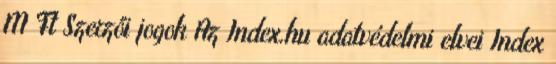
M Ft Szerzői jogok Az Index.hu adatvédelmi elvei Index